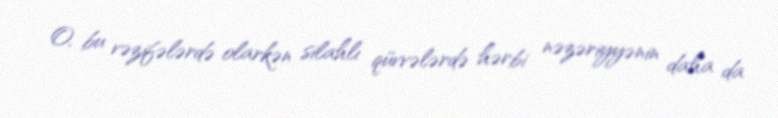
O, bu vəzifələrdə olarkən silahlı qüvvələrdə hərbi nəzəriyyənin daha da